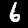
Digit: 6